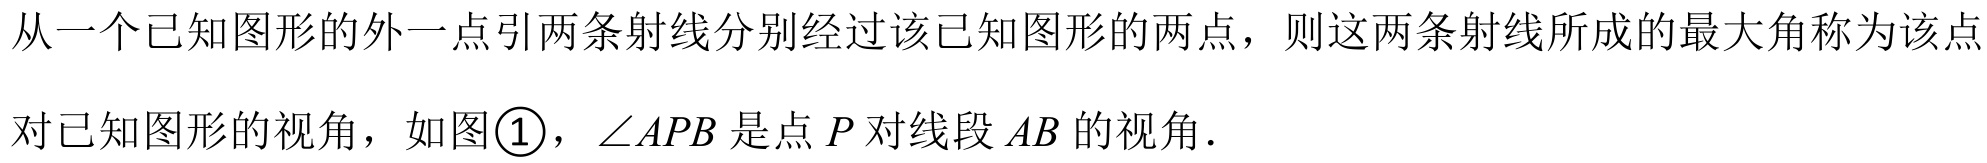
从一个已知图形的外一点引两条射线分别经过该已知图形的两点，则这两条射线所成的最大角称为该点
对已知图形的视角，如图\textcircled{1}，\(\angle APB\)是点\(P\)对线段\(AB\)的视角.